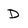
Character: D